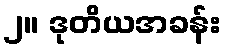
၂။ ဒုတိယအခန်း